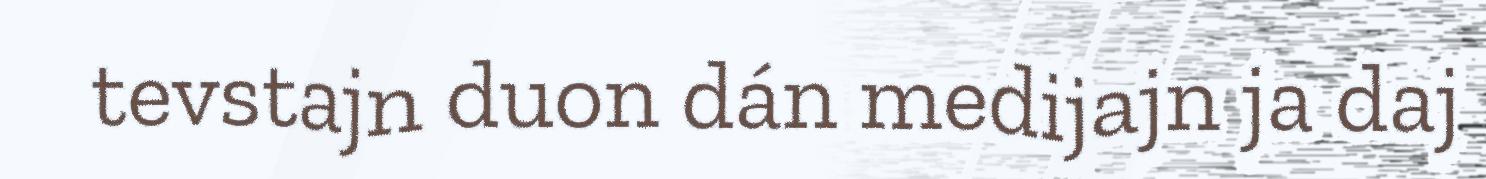
tevstajn duon dán medijajn ja daj